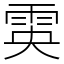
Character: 雵